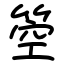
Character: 箜